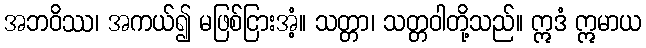
အဘဝိဿ၊ အကယ်၍ မဖြစ်ငြားအံ့။ သတ္တာ၊ သတ္တဝါတို့သည်။ ဣဒံ ဣမာယ